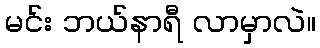
မင်း ဘယ်နာရီ လာမှာလဲ။